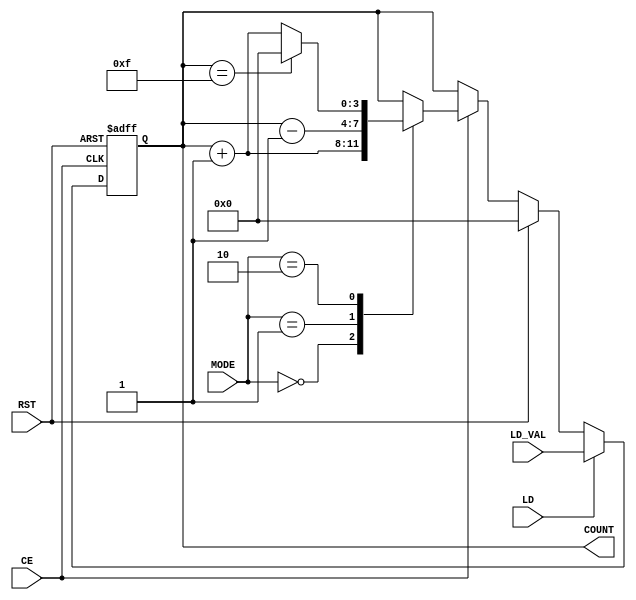
module dynamic_asynchronous_counter (
    input wire CE,          // Count Enable
    input wire RST,         // Reset
    input wire LD,          // Load
    input wire [3:0] LD_VAL, // Load Value
    input wire [1:0] MODE,   // Counting Mode (00: Up, 01: Down, 10: Up/Down)
    output reg [3:0] COUNT   // 4-bit Counter Output
);

// Internal state declaration
reg [3:0] next_count;

// Combinational logic to determine next state
always @(*) begin
    if (RST) begin
        next_count = 4'b0000; // Reset state
    end else if (LD) begin
        next_count = LD_VAL; // Load the specified value
    end else if (CE) begin
        case (MODE)
            2'b00: next_count = COUNT + 1; // Count Up
            2'b01: next_count = COUNT - 1; // Count Down
            2'b10: next_count = (COUNT == 4'b1111) ? 4'b0000 : (COUNT + 1); // Example Up/Down (Toggle during CE)
            default: next_count = COUNT; // No change
        endcase
    end else begin
        next_count = COUNT; // Hold current state if CE is low
    end
end

// Asynchronous logic to update the counter state
always @(posedge CE or posedge RST) begin
    if (RST) begin
        COUNT <= 4'b0000; // Reset counter
    end else if (LD) begin
        COUNT <= LD_VAL; // Load specified value
    end else begin
        COUNT <= next_count; // Update counter state
    end
end

endmodule